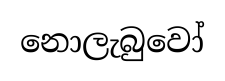
නොලැබුවෝ